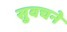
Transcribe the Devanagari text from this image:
सुवचने